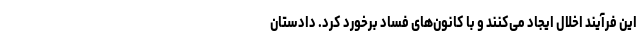
این فرآیند اخلال ایجاد می‌کنند و با کانون‌های فساد برخورد کرد. دادستان